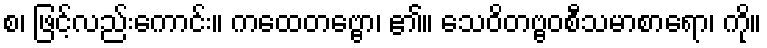
စ၊ ဖြင့်လည်းကောင်း။ ကထေတဗ္ဗော၊ ၏။ သေဝိတဗ္ဗဝစီသမာစာရော၊ ကို။